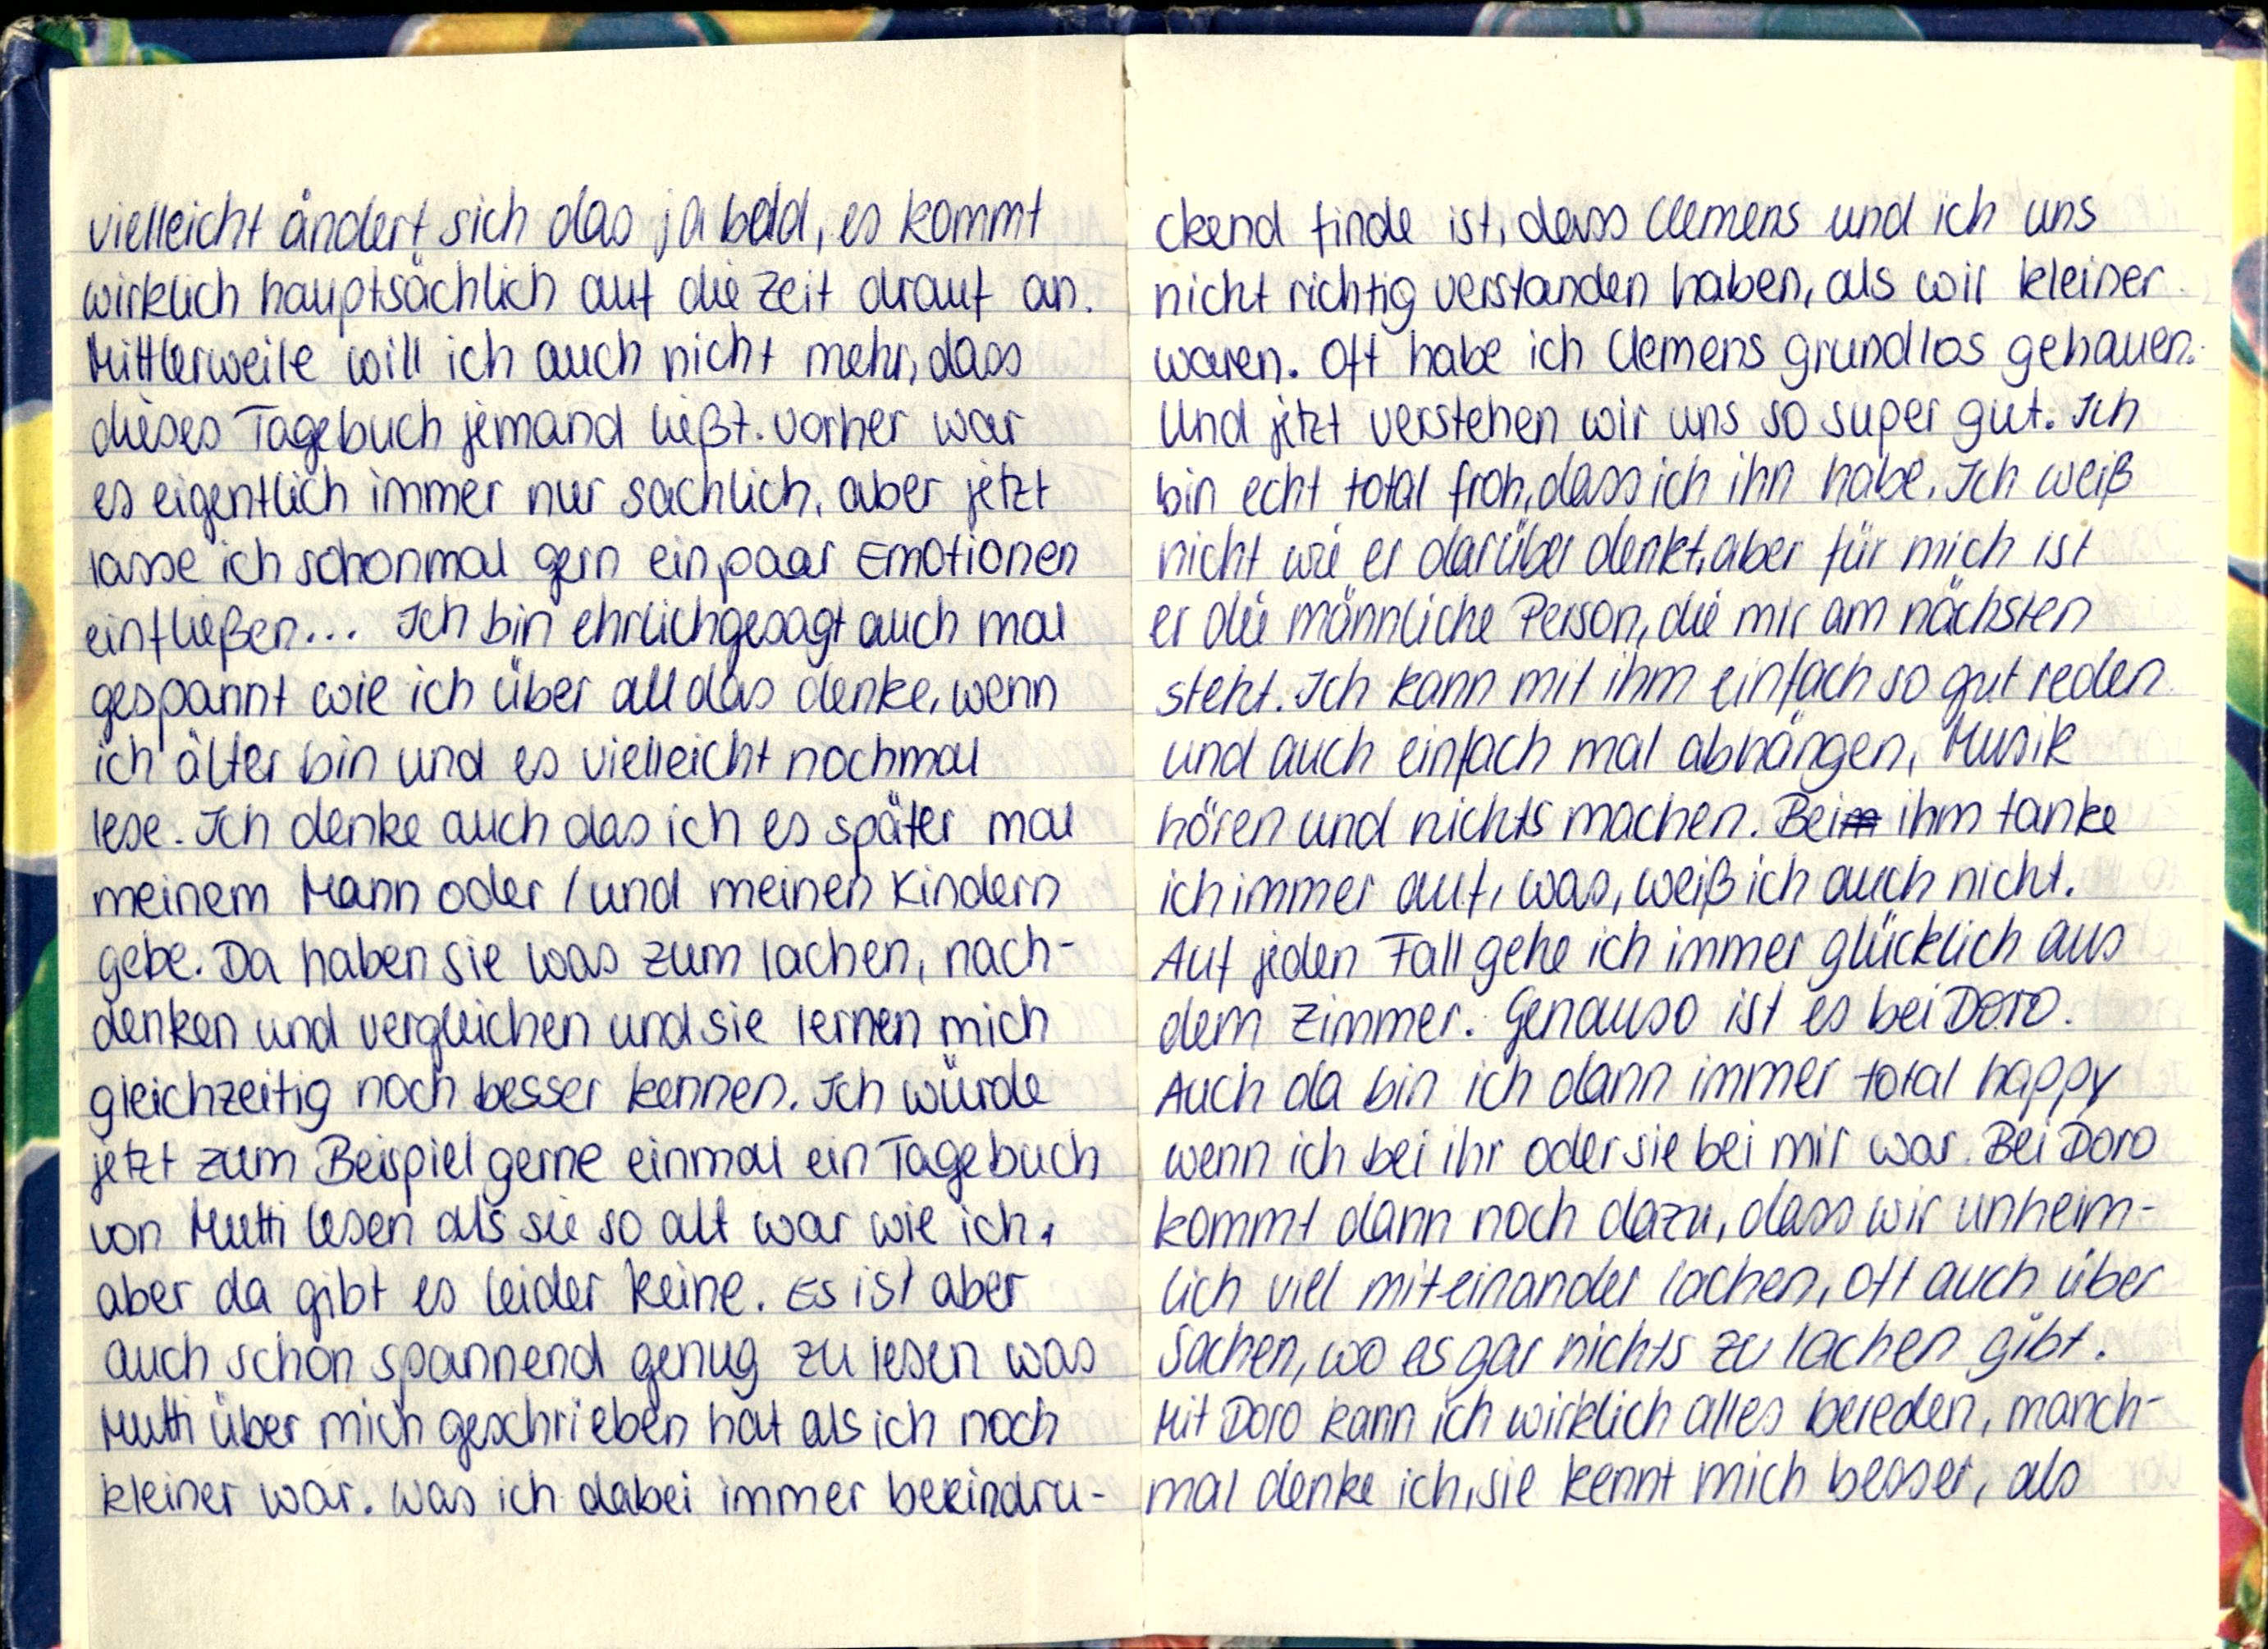
vielleicht ändert sich das ja bald, es kommt
wirklich hauptsächlich auf die Zeit drauf an.
Mittlerweile will ich auch nicht mehr, dass
dieses Tagebuch jemand ließt. Vorher war
es eigentlich immer nur sachlich, aber jetzt
lasse ich schonmal gern ein paar Emotionen
einfließen... Ich bin ehrlichgesagt auch mal
gespannt wie ich über all das denke, wenn
ich älter bin und es vielleicht nochmal
lese. Ich denke auch das ich es später mal
meinem Mann oder / und meinen Kinder
gebe. Da haben sie was zum lachen, nach-
denken und vergleichen und sie lernen mich
gleichzeitig noch besser kennen. Ich würde
jetzt zum Beispiel gerne einmal ein Tagebuch
von Mutti lesen als sie so alt war wie ich,
aber da gibt es leider keine. Es ist aber
auch schon spannend genug zu lesen was
Mutti über mich geschrieben hat als ich noch
kleiner war. Was ich dabei immer beeindru-

ckend finde ist, dass Clemens und ich uns
nicht richtig verstanden haben, als wir kleiner
waren. Oft habe ich Clemens grundlos gehauen.
Und jetzt vestehen wir uns so super gut. Ich
bin echt total froh, dass ich ihn habe. Ich weiß
nicht wie er darüber denkt, aber für mich ist
er die männliche Person, die mir am nächsten
steht. Ich kann mit ihm einfach so gut reden
und auch einfach mal abhängen, Musik
hören und nichts machen. Bei ihm tanke
ich immer auf, was, weiß ich auch nicht.
Auf jeden Fall gehe ich immer glücklich aus
dem Zimmer. Genauso ist es bei Doro.
Auch da bin ich dann immer total happy
wenn ich bei ihr oder sie bei mir war. Bei Doro
kommt dann noch dazu, dass wir unheim-
lich viel miteinander lachen, oft auch über
Sachen, wo es gar nichts zu lachen gibt.
Mit Doro kann ich wirklich alles bereden, manch-
mal denke ich, sie kennt mich besser, als